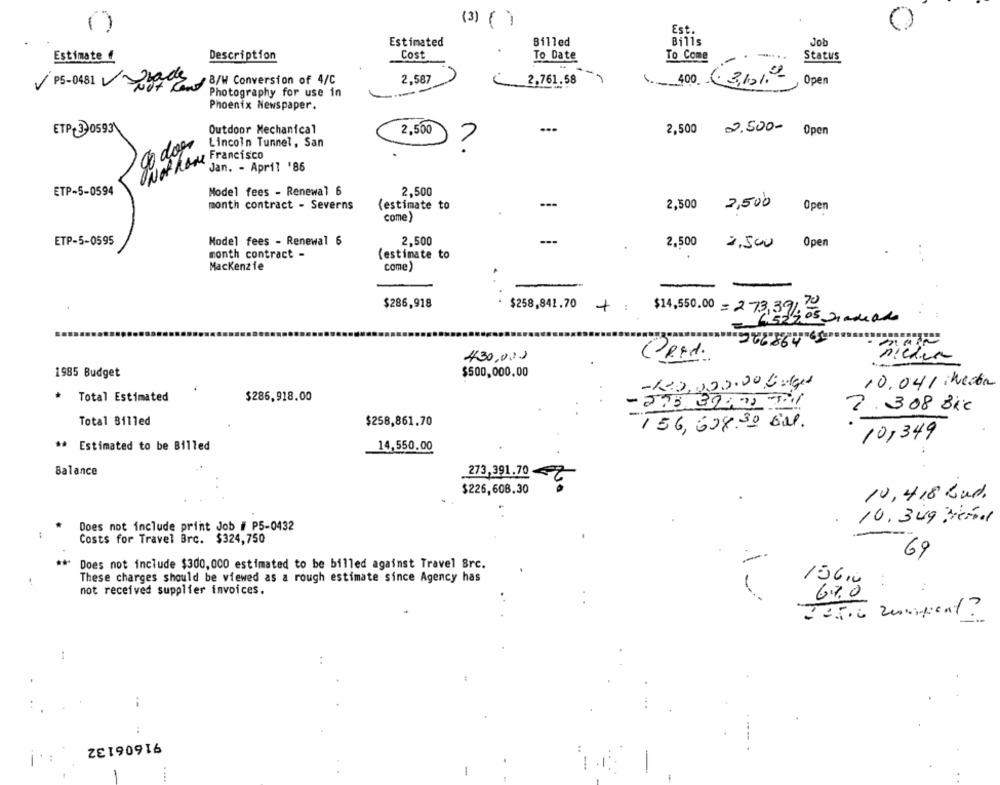
(3) ( )
Est.
Estimated
Billed
Bills
Job
Description
Cost
To Date
To Come
Status
Estimate
- :
Ibade
2.587
/ PS-0481
Not Land
B/W Conversion of 4/C
2,761.58
1400 3101
Open
Photography for use in
Phoenix Newspaper.
2.500-
ETP+390593
Outdoor Mechanical
2,500
2,500
Open
go dog
Lincoln Tunnel , San
?
Not have Francisco
Jan. - April '86
ETP-5-0594
Model fees - Renewal 6
2,500
---
2,500
month contract - Severns
(estimate to
2,500
Open
come)
ETP-5-0595
Model fees - Renewal 6
2,500
---
Open
2,500
2,500
month contract -
(estimate to
..
Mackenzie
come)
$286,918
$258,841.70
+:
$14,550.00= 273,39/, os Graduado
Ceed.
430,000
1985 Budget
$500,000.00
-120,000.00 Gulget
10.041 : herba
Total Estimated
$286,918.00
- 275 32490 781
7.308 Bic
Total Billed
$258,861.70
156,508.30 EM.
10,349
** Estimated to be Billed
14,550.00
20
Balance
273,391.70
$226,608.30
10,418 bud.
10.349 3Hétml
Does not include print Job # P5-0432
Costs for Travel Brc. $324,750
69
Does not include $300, 000 estimated to be billed against Travel Src.
-
These charges should be viewed as a rough estimate since Agency has
156,0
not received supplier invoices.
6%.0
91606132